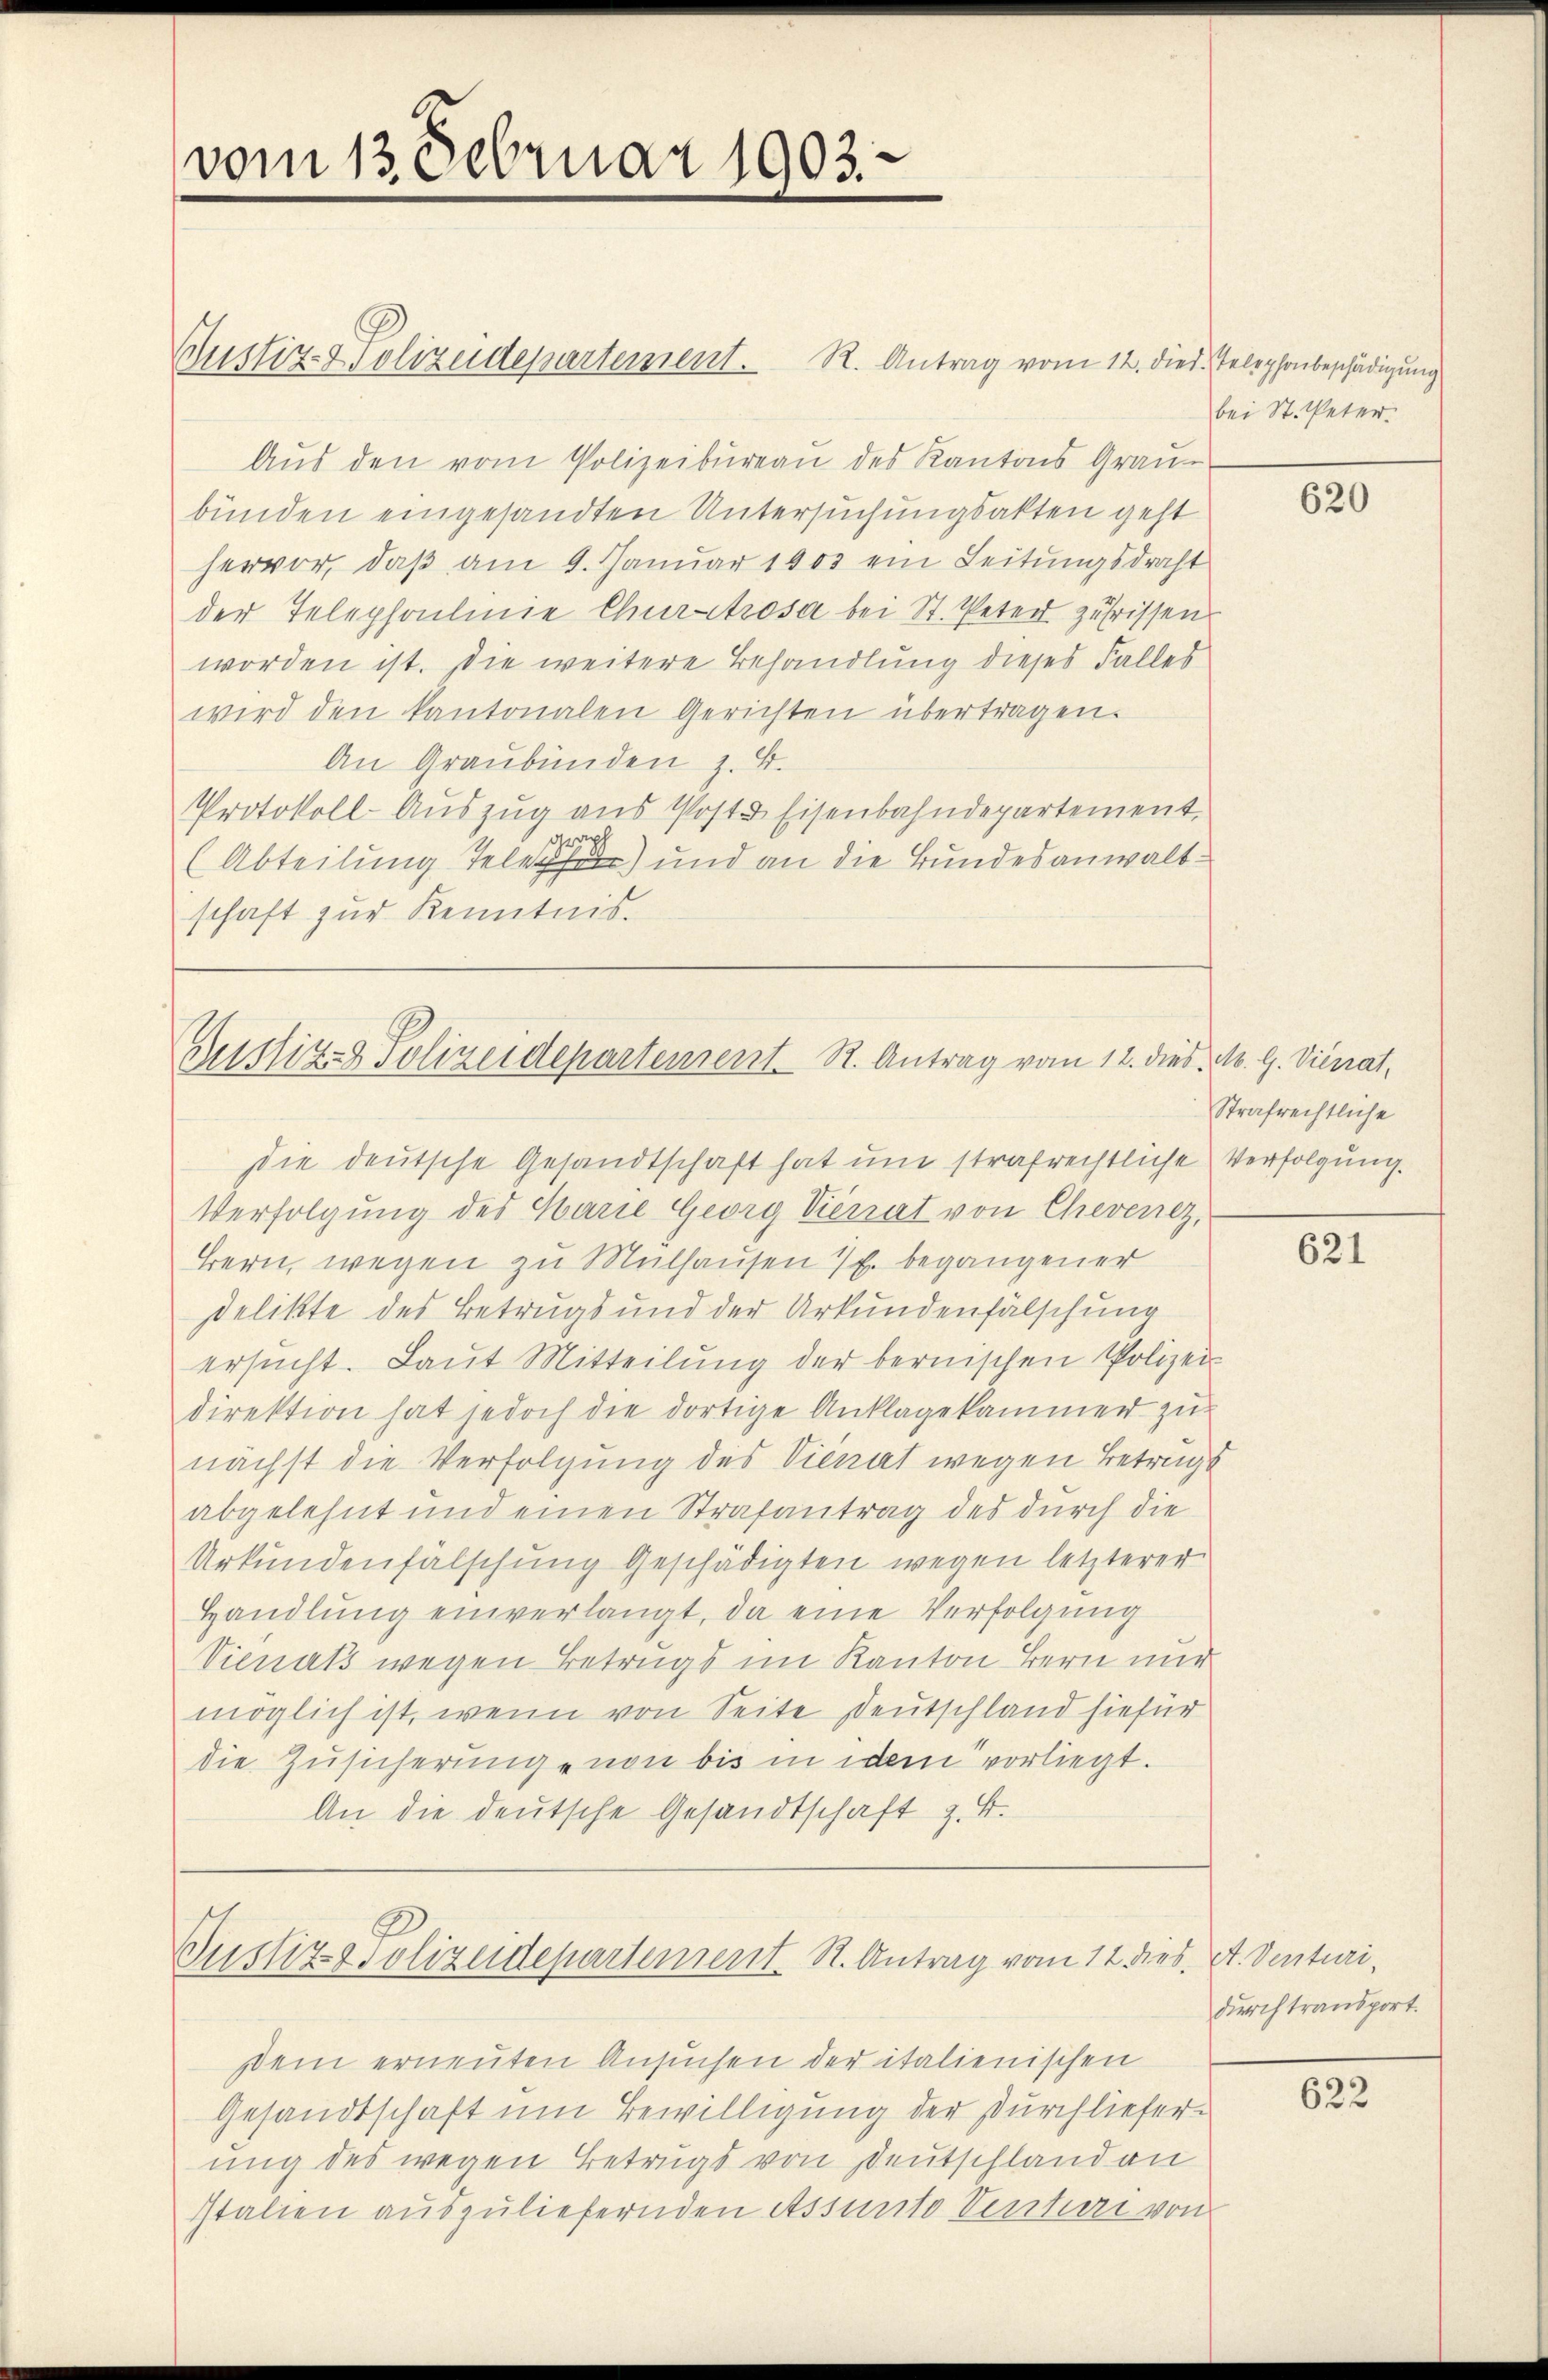
vom 13. Februar 1903.

Clustiz- & Polizeidepartement. R. Antrag vom 12. dies. Telephonbeschädigung
Aus den vom Polizeibureau des Kantons Grau-
bünden eingesandten Untersuchungsakten geht
hervor, daß am 9. Januar 1903 ein Leitungsdraht
der Telephoulinie Chur trosa bei St. Peter zufrissen
worden ist. Die weitere Behandlung dieses Falles
wird den kantonalen Gerichten übertragen.
An Graubünden z. B.
Protokoll-Aŭszŭg aŭs Post & Eisenbahndepartement.
graph
(Abteilung Tele) und an die Bundesanwaltschaft zur Kenntnis.

Zustiz- & Polizeidepartement. R. Antrag vom 12. dies M. G. Vienat,

ie deutsche Gesandtschaft hat um strafrechtliche Verfolgung.
Verfolgung des Marie Georg Vierat von Chevenez,
Bern, wegen zu Mülhausen I. begangener
Delikte des Betrugs und der Urkundenfälschung
ersucht. Laut Mitteilung der bernischen Polizei
direktion hat jedoch die dortige Anklagekammer zu-
nächst die Verfolgung des Vienat wegen Betrags
abgelehnt und einen Strafantrag des durch die
Urkundenfälschung Geschädigten wegen letzterer
Handlung einverlangt, da eine Verfolgung
Vienats wegen Betrugs im Kanton Bern nur
möglich ist, wenn von Seite Deutschland hiefür
die Zusicherung von bis in dem vorliegt.
An die deutsche Gesandtschaft z. B.
Justiz- Polizeidepartement St. Antrag vom 12. dies. A. Venturisein erneuten Ansuchen der italienischen
Gesandtschaft um Bewilligung der Durchlieferung des wegen Betrugs von Deutschland an
Italien auszuliefernden Assunto Ventiae von

bei St. Peter.

620

Strafrechtliche

621

durch transport.

622